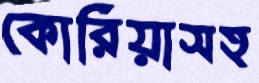
কোরিয়াসহ